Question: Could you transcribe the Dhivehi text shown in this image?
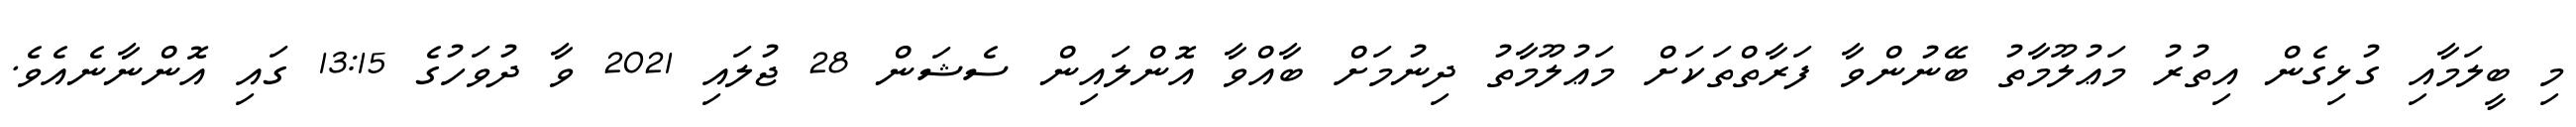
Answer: މި ބީލަމާއި ގުޅިގެން އިތުރު މަޢުލޫމާތު ބޭނުންވާ ފަރާތްތަކަށް މަޢުލޫމާތު ދިނުމަށް ބާއްވާ އޮންލައިން ސެޝަން 28 ޖުލައި 2021 ވާ ދުވަހުގެ 13:15 ގައި އޮންނާނެއެވެ.